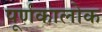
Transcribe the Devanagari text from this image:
पूर्णकालोक